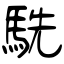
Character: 駪